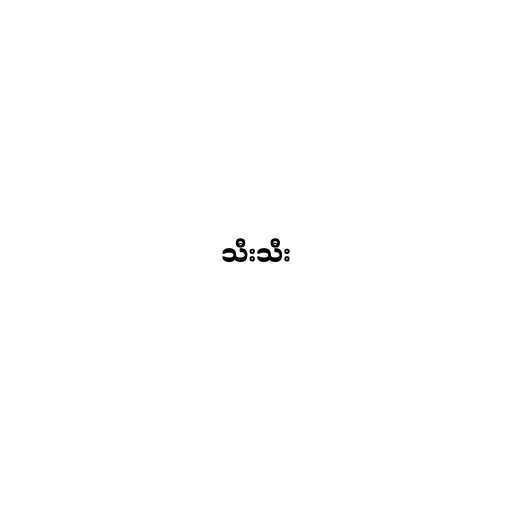
သီးသီး